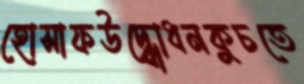
হোসাফউদ্ধোধনকুচতে